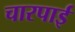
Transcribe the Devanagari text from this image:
चारपार्इ